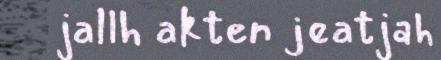
jallh akten jeatjah